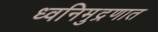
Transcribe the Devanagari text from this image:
ध्वनिमुद्रणात